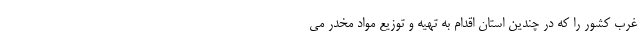
غرب کشور را که در چندین استان اقدام به تهیه و توزیع مواد مخدر می‌